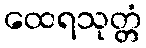
ထေရသုတ္တံ